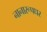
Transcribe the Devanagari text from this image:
नानारूपधर